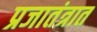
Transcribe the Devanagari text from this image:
प्रजातंत्रात